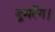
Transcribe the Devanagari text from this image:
बूमरैंग।